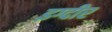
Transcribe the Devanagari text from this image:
इग्दीर